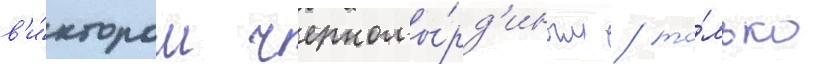
в'и́ктором черномы́рд'иным / то́лько